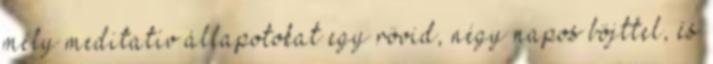
mély meditatív állapotokat egy rövid, négy napos böjttel, és